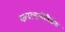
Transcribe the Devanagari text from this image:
कपल्डडीवैसेस